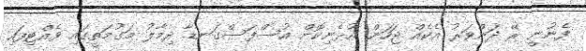
ފެނުނީ ރޭ ދަންވަރު އެކެއް ޖަހަން އުޅެނިކޮށް އުސްފަސްގަނޑާ ދިމާލު މަގުމަތީގައި ވެއްޓިފައި